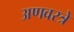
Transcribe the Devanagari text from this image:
अणवस्त्रे